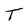
Character: T